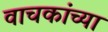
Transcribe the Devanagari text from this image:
वाचकांच्‍या